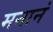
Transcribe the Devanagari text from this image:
मनानं